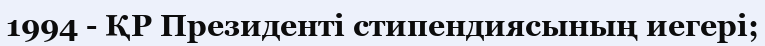
1994 - ҚР Президенті стипендиясының иегері;